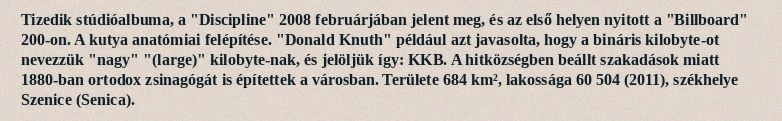
Tizedik stúdióalbuma, a "Discipline" 2008 februárjában jelent meg, és az első helyen nyitott a "Billboard" 200-on. A kutya anatómiai felépítése. "Donald Knuth" például azt javasolta, hogy a bináris kilobyte-ot nevezzük "nagy" "(large)" kilobyte-nak, és jelöljük így: KKB. A hitközségben beállt szakadások miatt 1880-ban ortodox zsinagógát is építettek a városban. Területe 684 km², lakossága 60 504 (2011), székhelye Szenice (Senica).